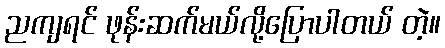
ညကျရင် ဖုန်းဆက်မယ်လို့ပြောပါတယ် တဲ့။